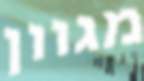
מגוון